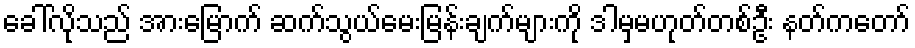
ခေါ်လိုသည် အားမြောက် ဆက်သွယ်မေးမြန်းချက်များကို ဒါမှမဟုတ်တစ်ဦး နတ်ကတော်